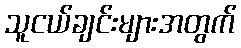
သူငယ်ချင်းများအတွက်